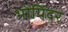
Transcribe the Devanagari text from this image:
भोपिंदर